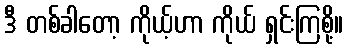
ဒီ တစ်ခါတော့ ကိုယ့်ဟာ ကိုယ် ရှင်းကြစို့။